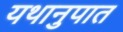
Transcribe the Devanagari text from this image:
यथानुपात